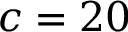
c = 2 0